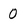
Character: 0